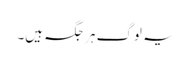
یہ لوگ ہر جگہ ہیں۔